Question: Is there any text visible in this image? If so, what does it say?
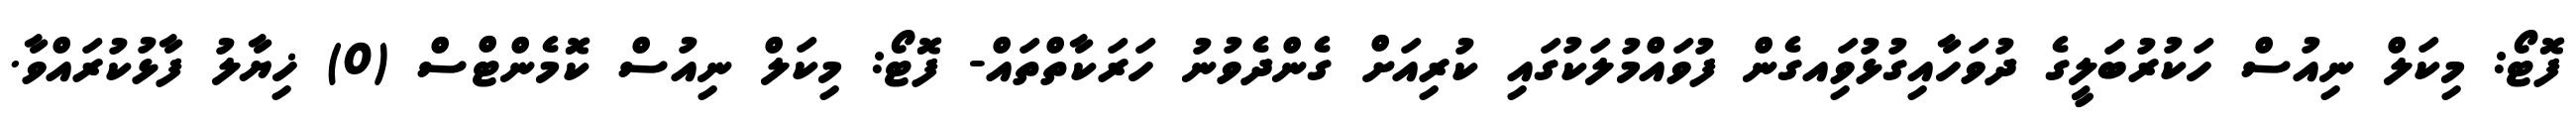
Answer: ފޮޓޯ: މިކަލް ނިއުސް ހަކުރުބަލީގެ ދުވަހާއިގުޅުވަިއގެން ފުވައްމުލަކުގައި ކުރިއަށް ގެންދެވުނު ހަރަކާތްތައް- ފޮޓޯ: މިކަލް ނިއުސް ކޮމެންޓްސް (0) ޚިޔާލު ފާޅުކުރައްވާ.